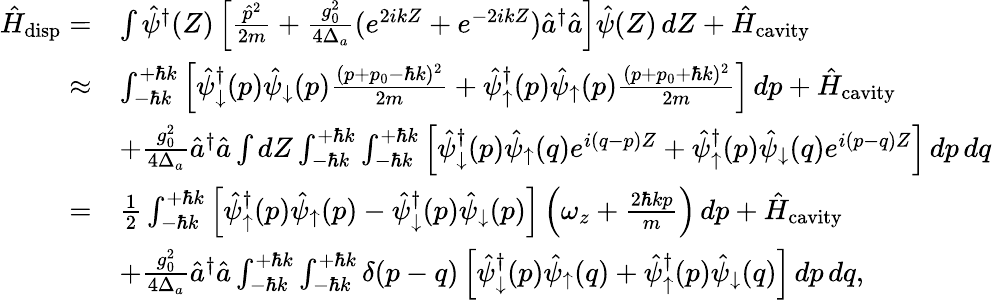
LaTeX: \begin{array}{rl}{\hat{H}_{\mathrm{disp}}=}&{\int\hat{\psi}^{\dagger}(Z)\left[\frac{\hat{p}^{2}}{2m}+\frac{g_{0}^{2}}{4\Delta_{a}}(e^{2ikZ}+e^{-2ikZ})\hat{a}^{\dagger}\hat{a}\right]\hat{\psi}(Z)\, dZ+\hat{H}_{\mathrm{cavity}}}\\ {\approx}&{\int_{-\hbar k}^{+\hbar k}\left[\hat{\psi}_{\downarrow}^{\dagger}(p)\hat{\psi}_{\downarrow}(p)\frac{(p+p_{0}-\hbar k)^{2}}{2m}+\hat{\psi}_{\uparrow}^{\dagger}(p)\hat{\psi}_{\uparrow}(p)\frac{(p+p_{0}+\hbar k)^{2}}{2m}\right]\, dp+\hat{H}_{\mathrm{cavity}}}\\ &{+\frac{g_{0}^{2}}{4\Delta_{a}}\hat{a}^{\dagger}\hat{a}\int dZ\int_{-\hbar k}^{+\hbar k}\int_{-\hbar k}^{+\hbar k}\left[\hat{\psi}_{\downarrow}^{\dagger}(p)\hat{\psi}_{\uparrow}(q)e^{i(q-p)Z}+\hat{\psi}_{\uparrow}^{\dagger}(p)\hat{\psi}_{\downarrow}(q)e^{i(p-q)Z}\right]\, dp\, dq}\\ {=}&{\frac{1}{2}\int_{-\hbar k}^{+\hbar k}\left[\hat{\psi}_{\uparrow}^{\dagger}(p)\hat{\psi}_{\uparrow}(p)-\hat{\psi}_{\downarrow}^{\dagger}(p)\hat{\psi}_{\downarrow}(p)\right]\left(\omega_{z}+\frac{2\hbar kp}{m}\right)\, dp+\hat{H}_{\mathrm{cavity}}}\\ &{+\frac{g_{0}^{2}}{4\Delta_{a}}\hat{a}^{\dagger}\hat{a}\int_{-\hbar k}^{+\hbar k}\int_{-\hbar k}^{+\hbar k}\delta(p-q)\left[\hat{\psi}_{\downarrow}^{\dagger}(p)\hat{\psi}_{\uparrow}(q)+\hat{\psi}_{\uparrow}^{\dagger}(p)\hat{\psi}_{\downarrow}(q)\right]\, dp\, dq,}\end{array}